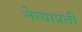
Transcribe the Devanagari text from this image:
नेत्याप्रती